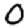
Digit: 0